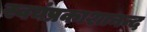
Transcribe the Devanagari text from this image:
स्वयंप्रकाशानन्द